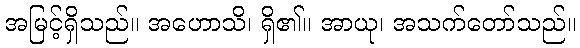
အမြင့်ရှိသည်။ အဟောသိ၊ ရှိ၏။ အာယု၊ အသက်တော်သည်။